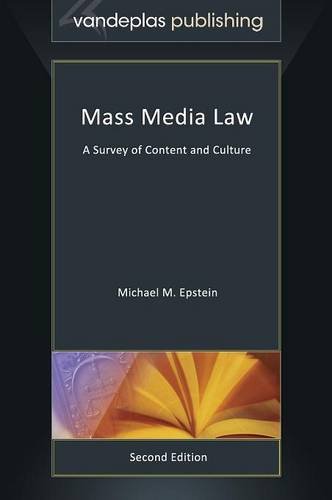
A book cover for Mass Media Law: A Survey of Content and Culture, Second Edition; Michael M. Epstein; Law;